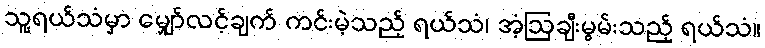
သူ့ရယ်သံမှာ မျှော်လင့်ချက် ကင်းမဲ့သည့် ရယ်သံ၊ အံ့ဩချီးမွမ်းသည့် ရယ်သံ။